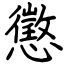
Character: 懲